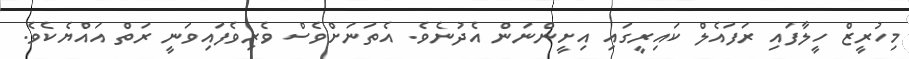
މިހުރީޒް ހީލާފައި ރަފައެލް ކައިރީގައި އިށީންނަން އެދުނެވެ. އެތަނަށްވެސް ވެރިވެފައިވަނީ ރަތް އައްޔެކެވެ.